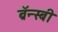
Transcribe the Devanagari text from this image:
ब्रॅन्स्बी